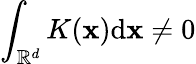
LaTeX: \int_{\mathbb R^{d}}K(\mathbf x)\mathrm d\mathbf x\neq 0